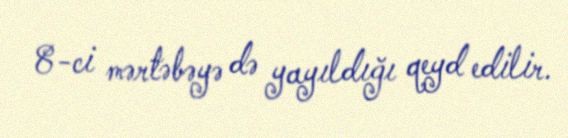
8-ci mərtəbəyə də yayıldığı qeyd edilir.